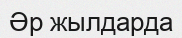
Әр жылдарда